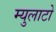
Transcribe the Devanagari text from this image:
म्युलाटो